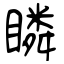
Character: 瞵